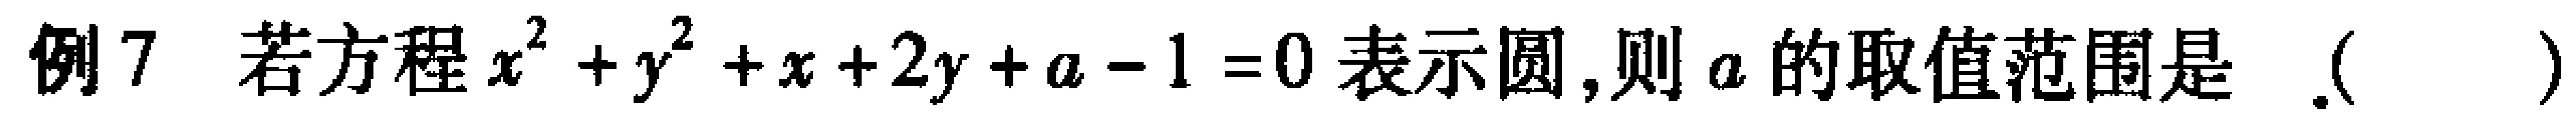
例7 若方程$x^{2}+y^{2}+x + 2y + a - 1 = 0$表示圆,则$a$的取值范围是 .( )